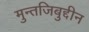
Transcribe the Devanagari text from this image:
मुन्तजिबुद्दीन